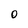
Character: O